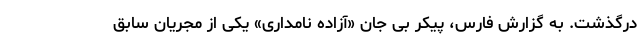
درگذشت. به گزارش فارس، پیکر بی جان «آزاده نامداری» یکی از مجریان سابق